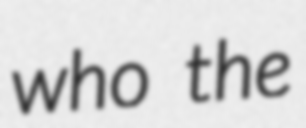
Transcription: who the